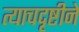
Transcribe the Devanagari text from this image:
त्याचदृष्टीने